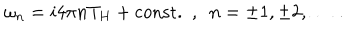
\omega _ { n } = i 4 \pi n T _ { H } + \mathrm { c o n s t . } \ \ , \ \ n = \pm 1 , \pm 2 , \ldots \ .